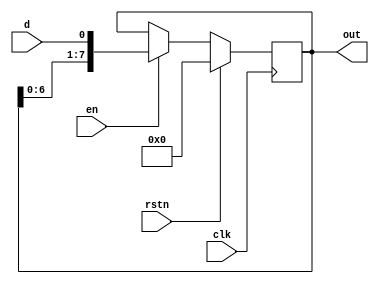
module shift_reg #(parameter MSB=8) ( input d,
	input clk, 
	input en, 
	input rstn, 
	output reg [MSB-1:0] out);
	always @ (posedge clk)
	if (rstn)
	out <= 0;
	else begin
	if (en)
	out <= {out[MSB-2:0], d};
	else
	out <= out;
	end
	endmodule